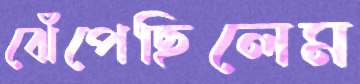
ঝেঁপেছিলেম